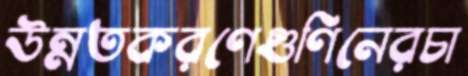
উন্নতকরণেগুণিনেরচা